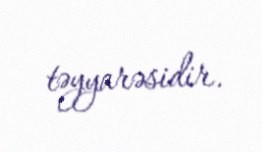
təyyarəsidir.